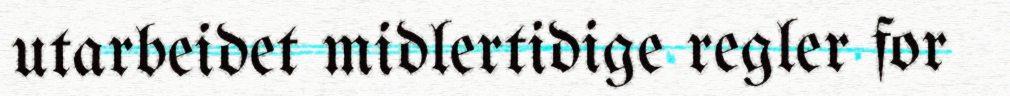
utarbeidet midlertidige regler for